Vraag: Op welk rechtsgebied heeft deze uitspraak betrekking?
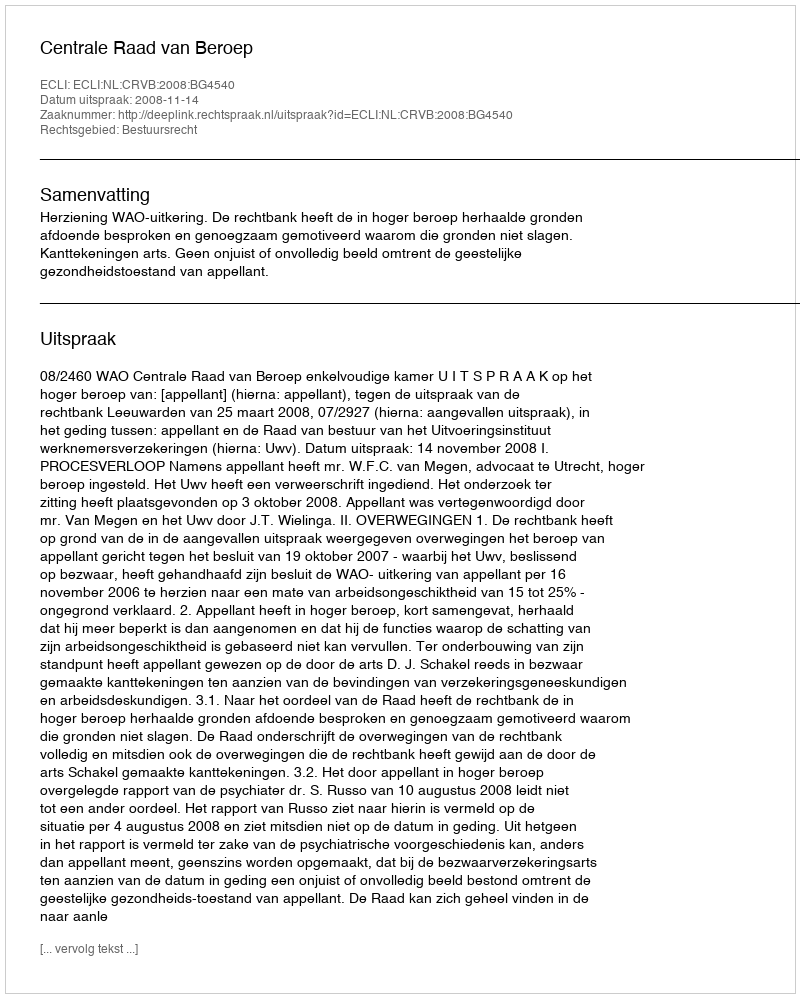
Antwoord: Bestuursrecht